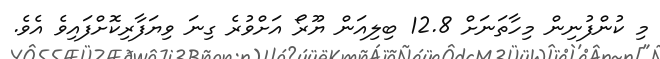
މި ކުންފުނިން މިހާތަނަށް 12.8 ބިލިއަން ޔޫރޯ އަށްވުރެ ގިނަ ވިޔަފާރިކޮށްފައިވެ އެވެ.